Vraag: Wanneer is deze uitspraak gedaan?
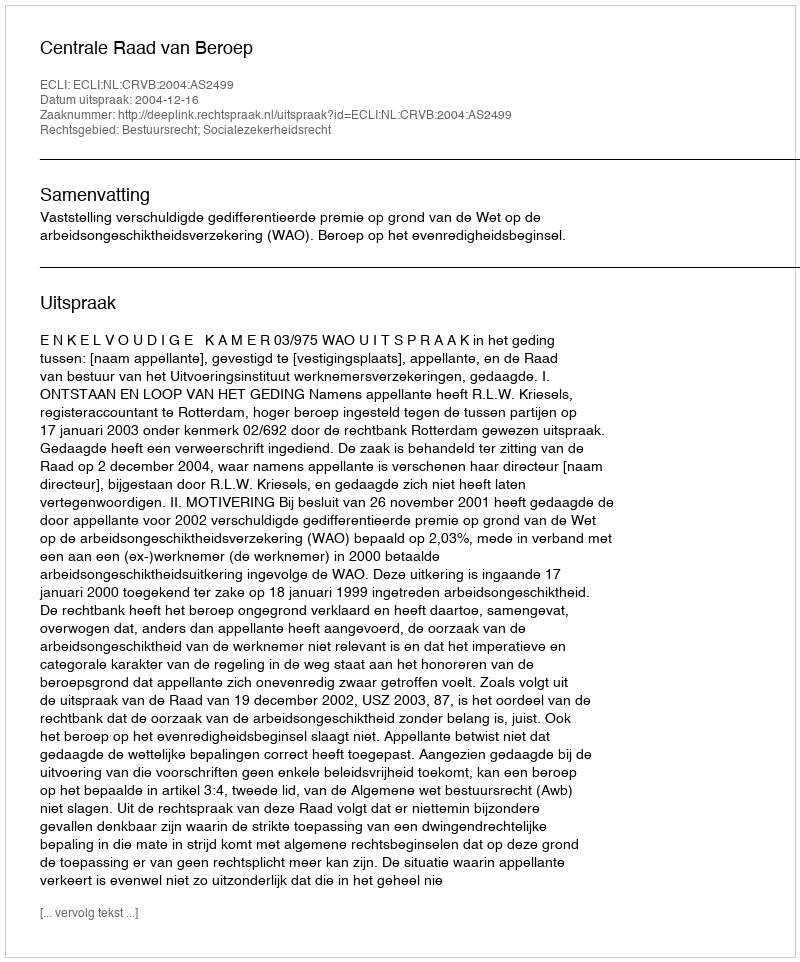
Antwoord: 2004-12-16